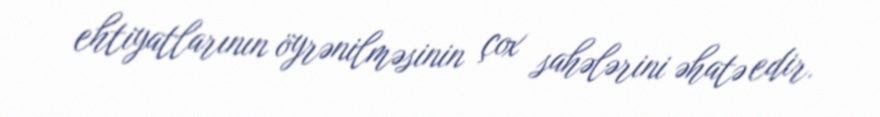
ehtiyatlarının öyrənilməsinin çox sahələrini əhatə edir.